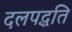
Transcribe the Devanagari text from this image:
दलपद्धति